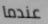
عندما